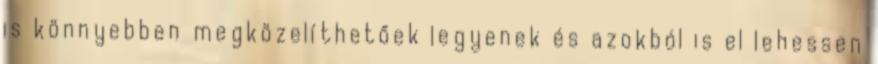
is könnyebben megközelíthetőek legyenek és azokból is el lehessen